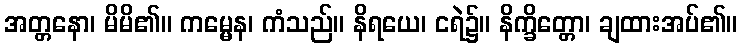
အတ္တနော၊ မိမိ၏။ ကမ္မေန၊ ကံသည်။ နိရယေ၊ ငရဲ၌။ နိက္ခိတ္တော၊ ချထားအပ်၏။